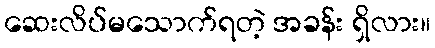
ဆေးလိပ်မသောက်ရတဲ့ အခန်း ရှိလား။